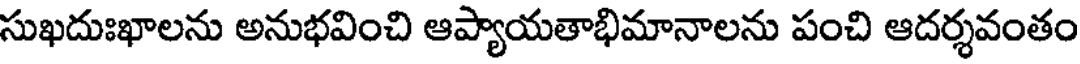
సుఖదుఃఖాలను అనుభవించి ఆప్యాయతాభిమానాలను పంచి ఆదర్శవంతం